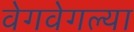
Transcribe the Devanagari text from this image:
वेगवेगल्या